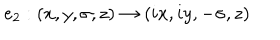
LaTeX: e _ { 2 } : ( x , y , \sigma , z ) \to ( i x , i y , - \sigma , z )